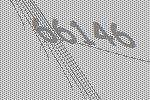
66146